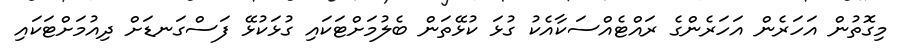
މިގޮތުން އަހަރެން އަހަރެންގެ ރައްޓެއްސަކާއެކު ގުޅަ ކުޅޭތަން ބެލުމަށްޓަކައި ގުޅަކުޅޭ ފަސްގަނޑަށް ދިއުމަށްޓަކައި